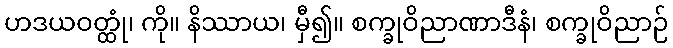
ဟဒယဝတ္ထုံ၊ ကို။ နိဿာယ၊ မှီ၍။ စက္ခုဝိညာဏာဒီနံ၊ စက္ခုဝိညာဉ်